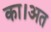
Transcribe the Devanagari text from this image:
का।अत